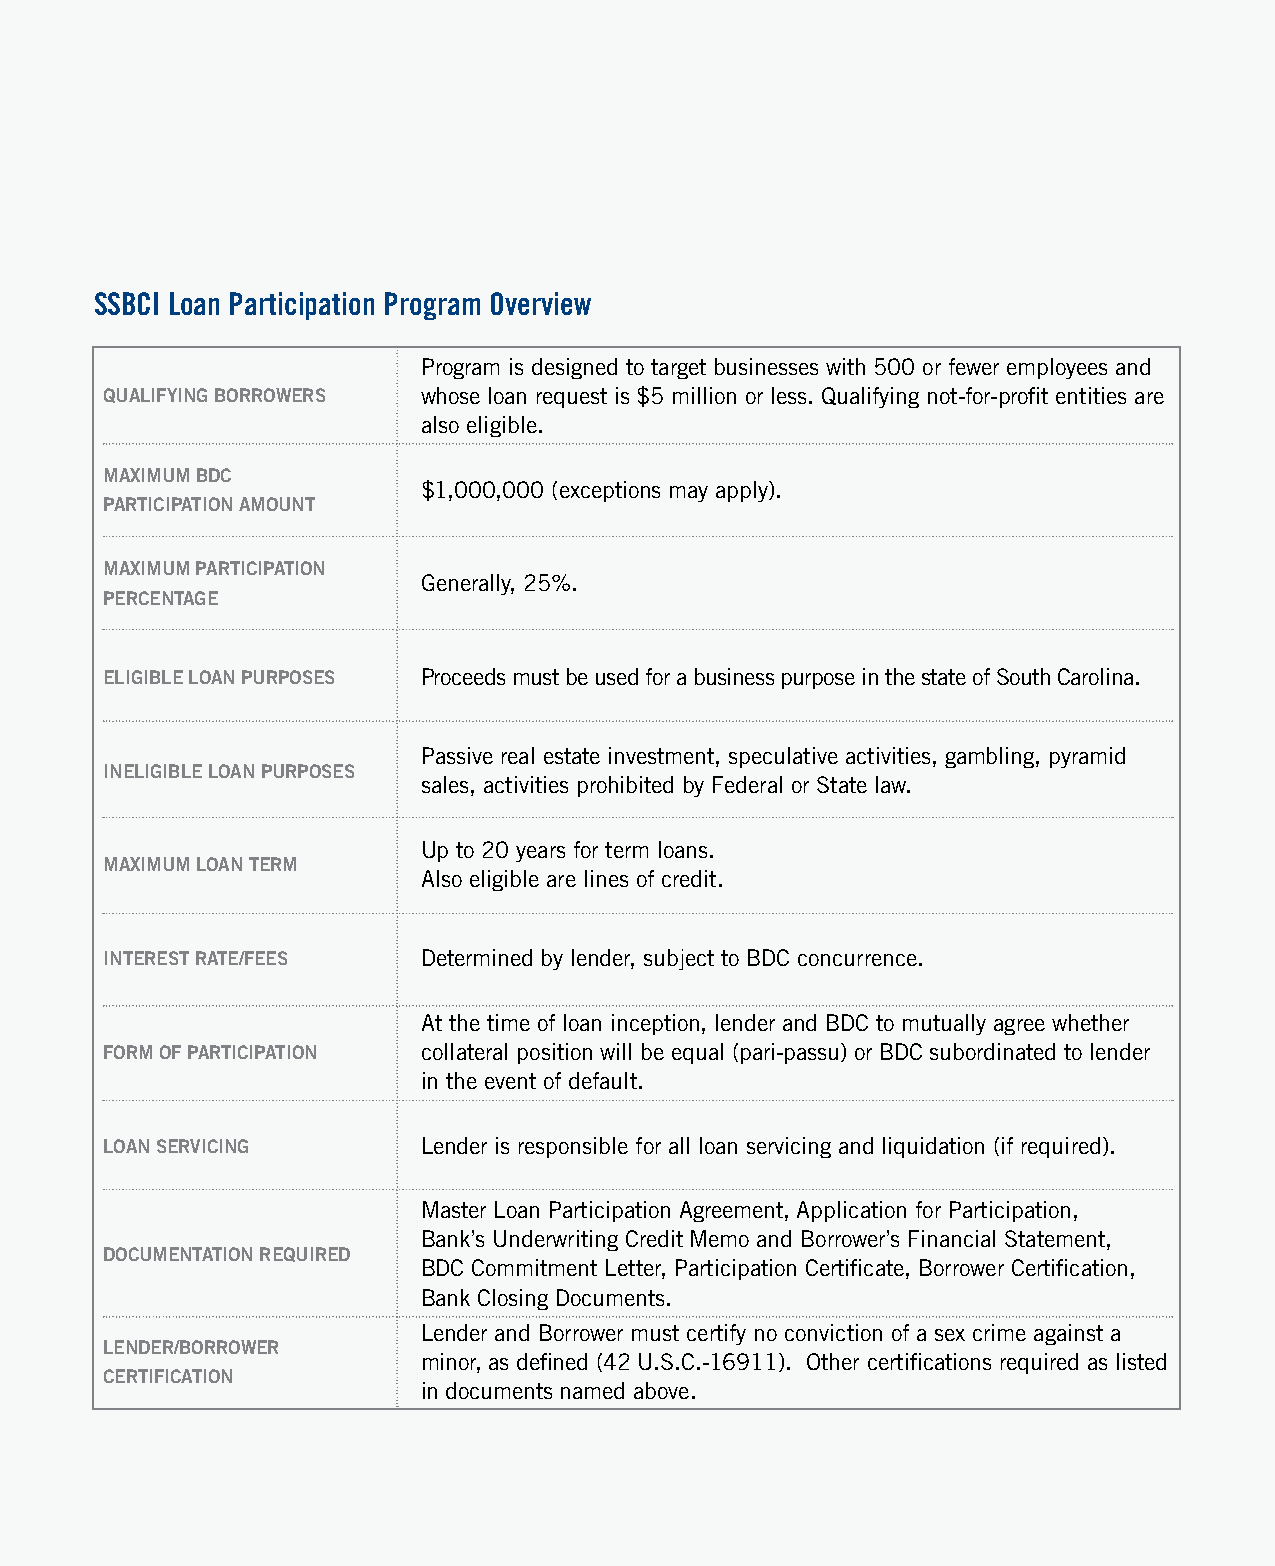
SSBCI Loan Participation Program Overview
 Program is designed to target businesses with 500 or fewer employees and
 QuaLIFyInG BorrowerS whose loan request is $5 million or less. Qualifying not-f or-p rofit entities are
 also eligible.
 MaxIMuM BDC
 $1,000,000 (exceptions may apply).
 ParTICIPaTIon aMounT
 MaxIMuM ParTICIPaTIon
 Generally, 25%.
 PerCenTaGe
 eLIGIBLe Loan PurPoSeS Proceeds must be used for a business purpose in the state of South Carolina.
 Passive real estate investment, speculative activities, gambling, pyramid
 IneLIGIBLe Loan PurPoSeS
 sales, activities prohibited by Federal or State law.
 Up to 20 years for term loans.
 MaxIMuM Loan TerM
 Also eligible are lines of credit.
 InTereST raTe/FeeS   Determined by lender, subject to BDC concurrence.
 At the time of loan inception, lender and BDC to mutually agree whether
 ForM oF ParTICIPaTIon collateral position will be equal (pari-passu) or BDC subordinated to lender
 in the event of default.
 Loan ServICInG       Lender is responsible for all loan servicing and liquidation (if required).
 Master Loan Participation Agreement, Application for Participation,
 Bank’s Underwriting Credit Memo and Borrower’s Financial Statement,
 DoCuMenTaTIon reQuIreD
 BDC Commitment Letter, Participation Certificate, Borrower Certification,
 Bank Closing Documents.
 Lender and Borrower must certify no conviction of a sex crime against a
 LenDer/Borrower
 minor, as defined (42 U.S.C.-16911). Other certifications required as listed
 CerTIFICaTIon
 in documents named above.